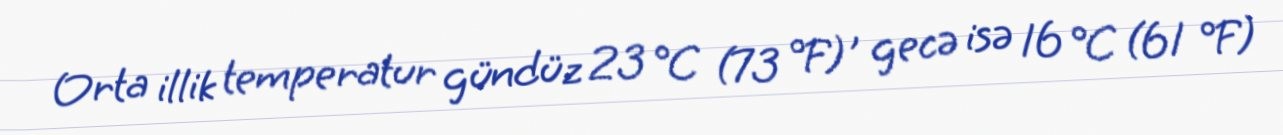
Orta illik temperatur gündüz 23 °C (73 °F) , gecə isə 16 °C (61 °F)